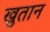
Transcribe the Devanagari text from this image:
खुतान